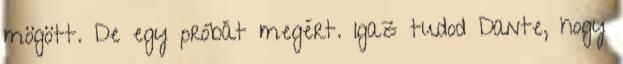
mögött. De egy próbát megért. Igaz tudod Dante, hogy